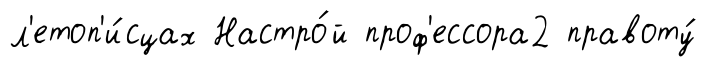
л'етоп'и́сцах Настро́й проф'ессора2 правоту́